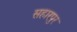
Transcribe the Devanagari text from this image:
सहारपुर